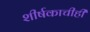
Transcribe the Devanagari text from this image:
शीर्षकाचीही